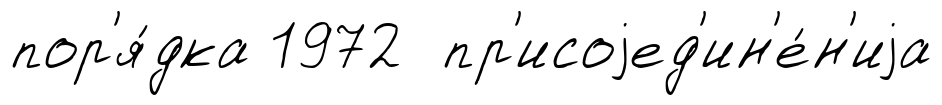
пор'я́дка 1972 пр'исоjед'ин'е́н'иjа